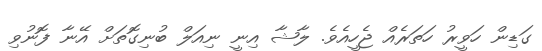
ގަޑިން ހަވީރު ހަތަރެއް ޖެހީއެވެ. ލާޝާ އިނީ ނިއަލް ބުނިގޮތަށް އޭނާ ފޮނުވި